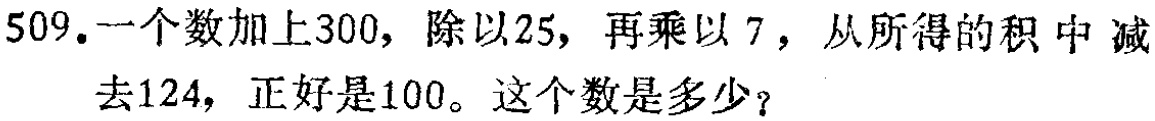
509.一个数加上300，除以25，再乘以7，从所得的积中减去124，正好是100。这个数是多少？